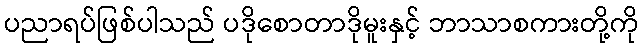
ပညာရပ်ဖြစ်ပါသည် ပဒိုစောတာဒိုမူးနှင့် ဘာသာစကားတို့ကို